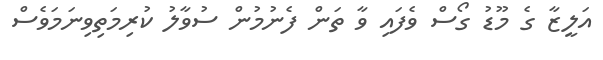
އަލީޒާ ގެ މޫޑު ގޯސް ވެފައި ވާ ތަން ފެނުމުން ސުވާލު ކުރިމަތިވިނަމަވެސް